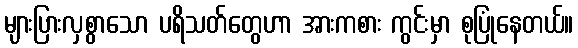
များပြားလှစွာသော ပရိသတ်တွေဟာ အားကစား ကွင်းမှာ စုပြုံနေတယ်။